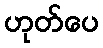
ဟုတ်ပေ